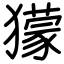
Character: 獴